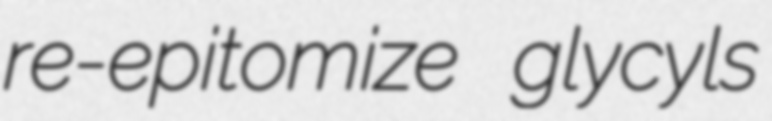
re-epitomize glycyls